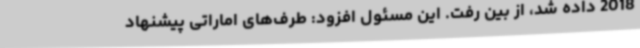
2018 داده شد، از بین رفت. این مسئول افزود: طرف‌های اماراتی پیشنهاد